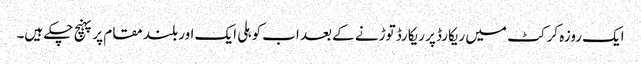
ایک روزہ کرکٹ میں ریکارڈ پر ریکارڈ توڑنے کے بعد اب کوہلی ایک اور بلند مقام پر پہنچ چکے ہیں۔